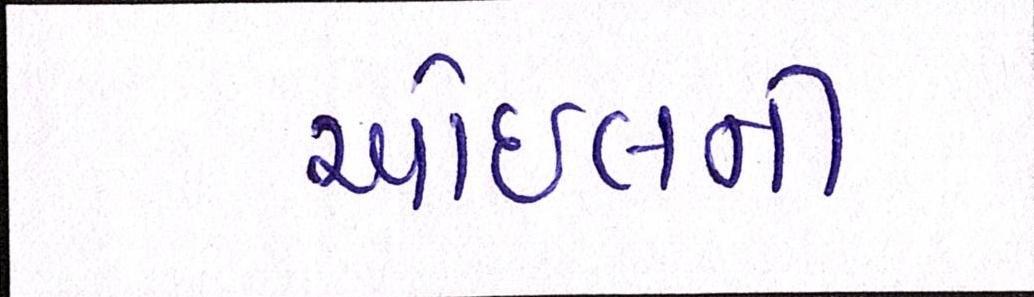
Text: ઓઈલની